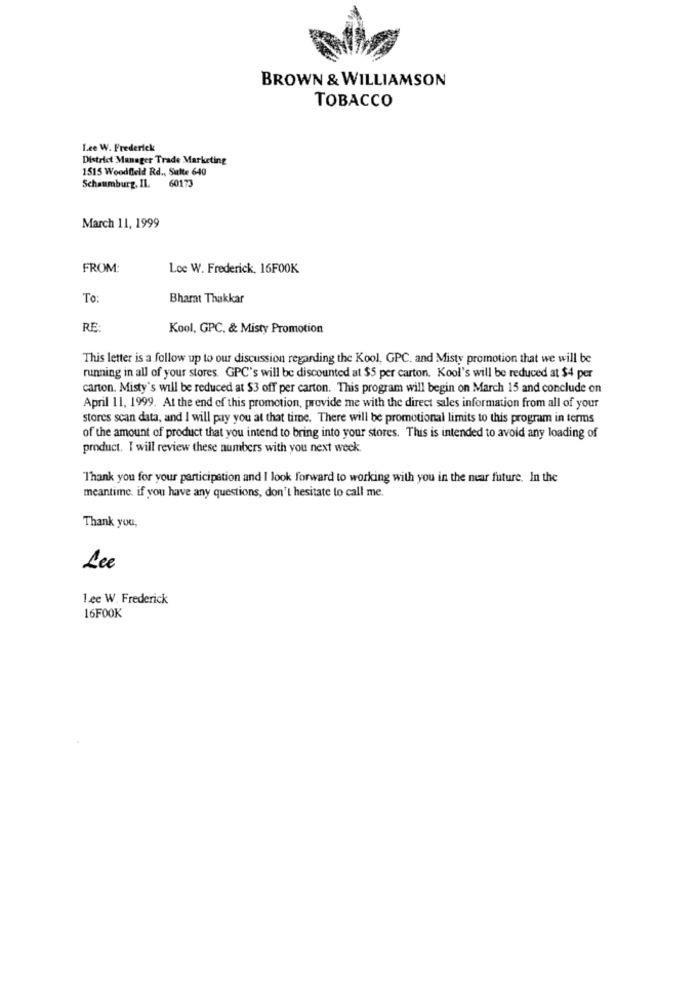
BROWN & WILLIAMSON
TOBACCO
Lee W. Frederick
District Manager Trade Marketing
1515 Woodfeld Rd ., Sutte 640
60173
Schaumburg, IL
March 11, 1999
FROM:
Loe W. Frederick. 16F00K
To
Bharat Thakkar
RE
Kool, GPC, & Misty Promotion
This letter is a follow up to our discussion regarding the Kool, GPC, and Misty promotion that we will be
running in all of your stores. GPC's will be discounted at $5 per carton. Kool's will be reduced at $4 per
carton. Misty's will be reduced at $3 off per carton. This program will begin on March 15 and conclude on
April 11, 1999. At the end of this promotion, provide me with the direct sales information from all of your
stores scan data, and I will pay you at that time. There will be promotional limits to this program in terms
of the amount of product that you intend to bring into your stores. This is intended to avoid any loading of
product. I will review these numbers with you next week
Thank you for your participation and I look forward to working with you in the near future. In the
meantime. if you have any questions, don't hesitate to call me.
Thank you,
Lee
1.ee W. Frederick
16F00K